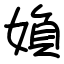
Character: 媍